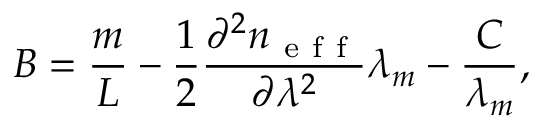
B = \frac { m } { L } - \frac { 1 } { 2 } \frac { \partial ^ { 2 } n _ { \mathrm { ~ e ~ f ~ f ~ } } } { \partial \lambda ^ { 2 } } \lambda _ { m } - \frac { C } { \lambda _ { m } } ,